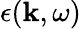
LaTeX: \epsilon(\mathbf{k},\omega)